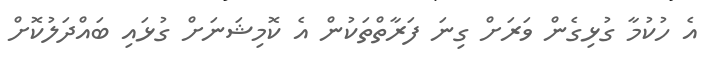
އެ ހުކުމާ ގުޅިގެން ވަރަށް ގިނަ ފަރާތްތަކުން އެ ކޮމިޝަނަށް ގުޅައި ބައްދަލުކޮށް